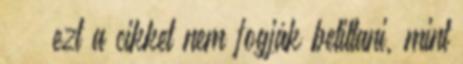
” – ezt a cikket nem fogják betiltani, mint